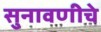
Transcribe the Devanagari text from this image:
सुनावणीचे